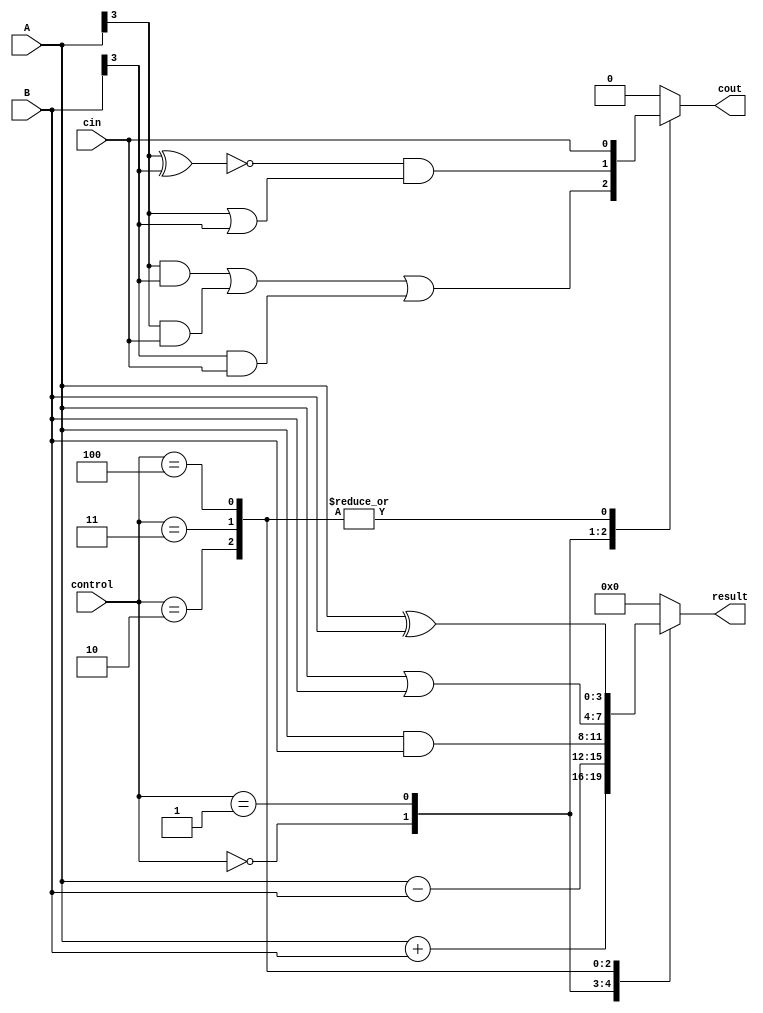
module ALU(
    input [3:0] A, // 4-bit input A
    input [3:0] B, // 4-bit input B
    input [2:0] control, // Control lines for selecting operation
    input cin, // Carry-in signal
    output reg [3:0] result, // 4-bit output result
    output reg cout // Carry-out signal
);

// Arithmetic Logic Blocks
reg [3:0] add_result;
reg [3:0] sub_result;
reg [3:0] and_result;
reg [3:0] or_result;
reg [3:0] xor_result;

// Arithmetic operations
always @(*)
begin
    case(control)
        3'b000: begin // Addition
            add_result = A + B;
            result = add_result;
            cout = (A[3] & B[3]) | (A[3] & cin) | (B[3] & cin);
        end
        3'b001: begin // Subtraction
            sub_result = A - B;
            result = sub_result;
            cout = ~(A[3] ^ B[3]) & (A[3] | B[3]);
        end
        3'b010: begin // AND
            and_result = A & B;
            result = and_result;
            cout = cin;
        end
        3'b011: begin // OR
            or_result = A | B;
            result = or_result;
            cout = cin;
        end
        3'b100: begin // XOR
            xor_result = A ^ B;
            result = xor_result;
            cout = cin;
        end
        default: begin
            result = 4'b0000;
            cout = 1'b0;
        end
    endcase
end

endmodule